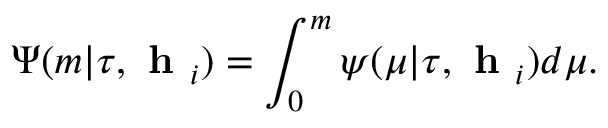
\Psi ( m | \tau , \textbf { h } _ { i } ) = \int _ { 0 } ^ { m } \psi ( \mu | \tau , \textbf { h } _ { i } ) d \mu .